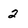
Character: 2